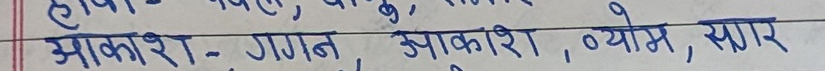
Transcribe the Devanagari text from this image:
आकाश - गगन, आकाश, व्योम, सगर